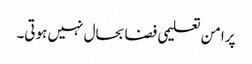
پرامن تعلیمی فضا بحال نہیں ہوتی۔